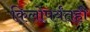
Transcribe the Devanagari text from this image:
किलोपर्यंतही